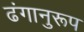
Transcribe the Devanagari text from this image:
ढंगानुरूप